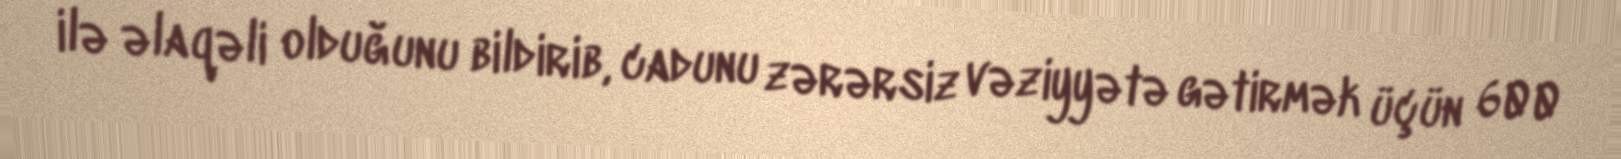
ilə əlaqəli olduğunu bildirib, cadunu zərərsiz vəziyyətə gətirmək üçün 600